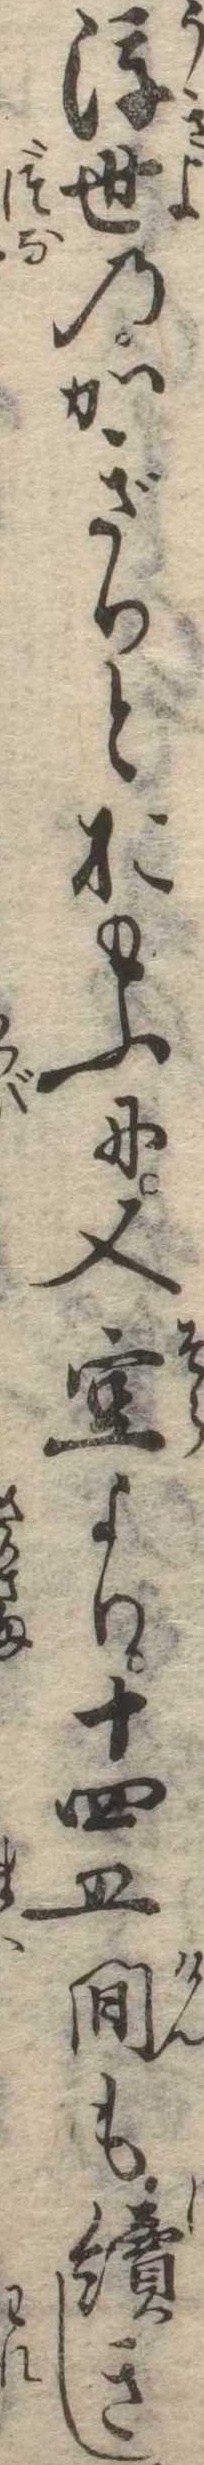
浮世のかぎりとおもふに又空より十四五間も続きし